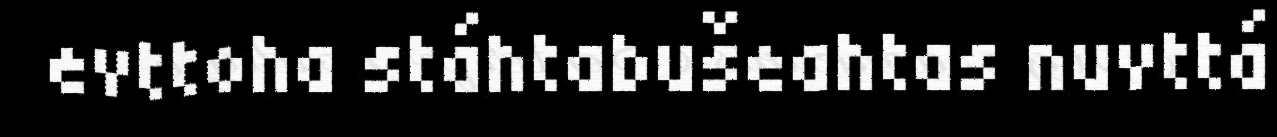
evttoha stáhtabušeahtas nuvttá